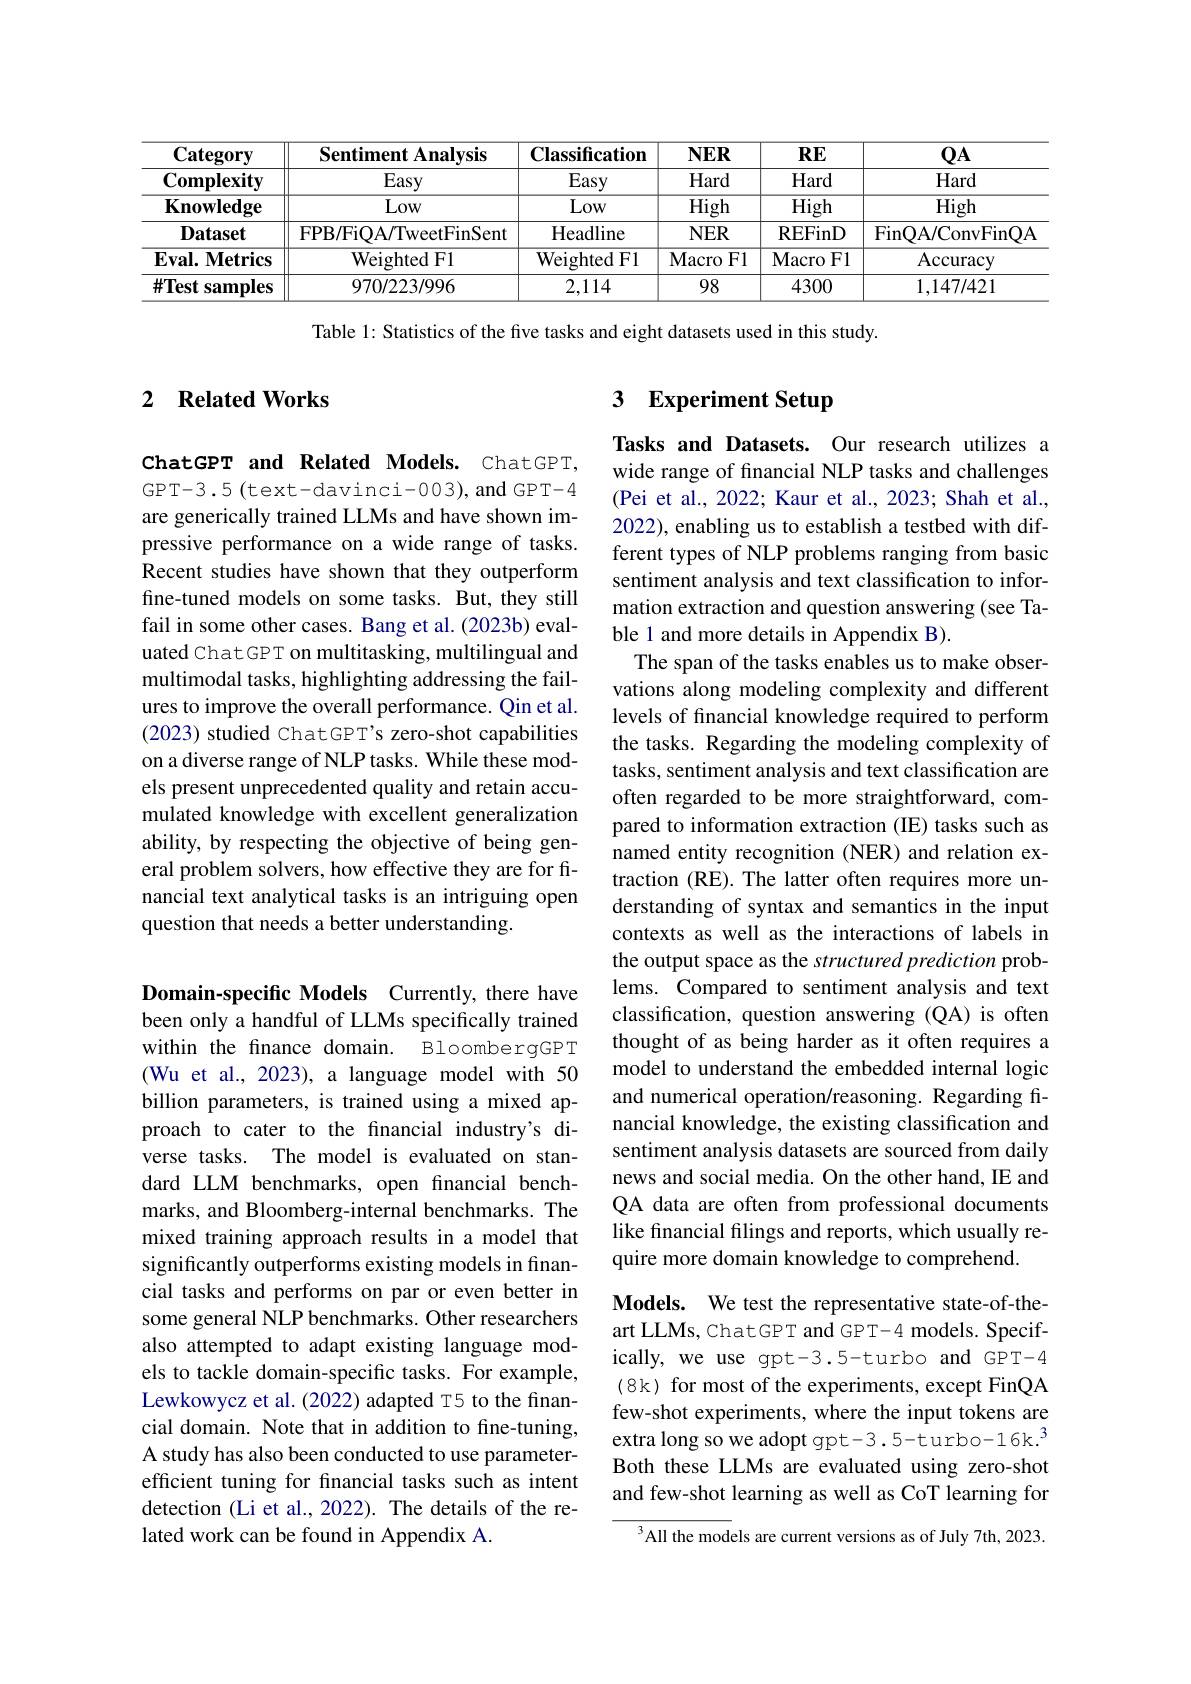
<table>
	<tbody>
		<tr>
			<th>$\mathbf{Category}$</th>
			<th>Sentiment Analysis</th>
			<th>$\mathbf{Classification}$</th>
			<th>$NER$</th>
			<th>$\mathbf{RE}$</th>
			<th>$\mathbf{Q}\mathbf{A}$</th>
		</tr>
		<tr>
			<td>$\mathbf{Complexity}$</td>
			<td>Easy</td>
			<td>Easy</td>
			<td>Hard</td>
			<td>Hard</td>
			<td>Hard</td>
		</tr>
		<tr>
			<td>$\mathbf{Knowledge}$</td>
			<td>Low</td>
			<td>Low</td>
			<td>High</td>
			<td>High</td>
			<td>High</td>
		</tr>
		<tr>
			<td>$\mathbf{Dataset}$</td>
			<td>FPB/FiOA/TweetFinSent</td>
			<td>Headline</td>
			<td>$NER$</td>
			<td>REFinD</td>
			<td>FinQA/ ConvFinQA</td>
		</tr>
		<tr>
			<td>$\mathbf{Eval.Metrics}$</td>
			<td>${\mathrm{Weighted~F1}}$</td>
			<td>${\mathrm{Weighted~F1}}$</td>
			<td>Macro F1</td>
			<td>Macro F1</td>
			<td>Accuracy</td>
		</tr>
		<tr>
			<td>$\#$Test samples</td>
			<td>970/223/996</td>
			<td>2,114</td>
			<td>98</td>
			<td>4300</td>
			<td>1,147/421</td>
		</tr>
	</tbody>
</table>

Table 1: Statistics of the five tasks and eight datasets used in this study.

### 2 $\textbf{Related Works}$

## 3 $\textbf{Experiment Setup}$

ChatGPT and Related Models. ChatGPT, GPT-3.5(text-davinci-003),andGPT-4 are generically trained LLMs and have shown impressive performance on a wide range of tasks. Recent studies have shown that they outperform fine-tuned models on some tasks. But, they still fail in some other cases. Bang et al. (2023b) evaluated Chat GPT on multitasking, multilingual and multimodal tasks, highlighting addressing the failures to improve the overall performance. Qin et al. (2023) studied ChatGPT's zero-shot capabilities on a diverse range of NLP tasks. While these models present unprecedented quality and retain accumulated knowledge with excellent generalization ability, by respecting the objective of being general problem solvers, how effective they are for financial text analytical tasks is an intriguing open question that needs a better understanding.

Tasks and Datasets. Our research utilizes a wide range of fnancial NLP tasks and challenges (Pei et al., 2022; Kaur et al., 2023; Shah et al., 2022), enabling us to establish a testbed with different types of NLP problems ranging from basic sentiment analysis and text classification to information extraction and question answering (see Table 1 and more details in Appendix B).
The span of the tasks enables us to make observations along modeling complexity and different levels of financial knowledge required to perform the tasks. Regarding the modeling complexity of tasks, sentiment analysis and text classification are often regarded to be more straightforward, compared to information extraction (IE) tasks such as named entity recognition (NER) and relation extraction (RE). The latter often requires more understanding of syntax and semantics in the input contexts as well as the interactions of labels in the output space as the structured prediction problems. Compared to sentiment analysis and text classification, question answering (QA) is often thought of as being harder as it often requires a model to understand the embedded internal logic and numerical operation/reasoning. Regarding financial knowledge, the existing classification and sentiment analysis datasets are sourced from daily news and social media. On the other hand, IE and QA data are often from professional documents like financial filings and reports, which usually require more domain knowledge to comprehend.
Models. We test the representative state-of-the-

Domain-specific Models Currently, there have been only a handful of LLMs specifically trained within the finance domain. BloombergGPT (Wu et al., 2023), a language model with 50 billion parameters, is trained using a mixed approach to cater to the financial industry's diverse tasks. The model is evaluated on standard LLM benchmarks, open financial benchmarks, and Bloomberg-internal benchmarks. The mixed training approach results in a model that significantly outperforms existing models in financial tasks and performs on par or even better in some general NLP benchmarks. Other researchers also attempted to adapt existing language models to tackle domain-specific tasks. For example, Lewkowycz et al. (2022) adapted T5 to the financial domain. Note that in addition to fine-tuning, A study has also been conducted to use parameterefficient tuning for financial tasks such as intent detection (Li et al., 2022). The details of the related work can be found in Appendix A.

art LLMs, ChatGPT and GPT-4 models. Specifically, we use gpt-3.5-turbo and GPT-4 (8k) for most of the experiments, except FinQA few-shot experiments, where the input tokens are extra long so we adopt gpt-3.5-turbo-16k.$^{3}$ Both these LLMs are evaluated using zero-shot and few-shot learning as well as CoT learning for

$^3$All the models are current versions as of July 7th, 2023.